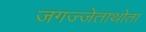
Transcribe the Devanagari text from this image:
जगज्जेताथोता